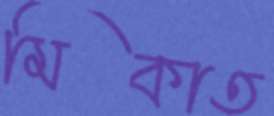
মিকাত